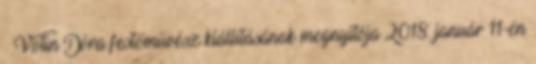
– Votin Dóra festőművész kiállításának megnyitója 2018. január 11-én